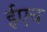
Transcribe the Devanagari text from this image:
ईएच